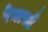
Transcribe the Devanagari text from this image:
रेनासाँ